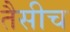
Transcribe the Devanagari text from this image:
तैसीच